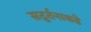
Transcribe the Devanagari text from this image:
सद्वर्तनाकडे